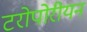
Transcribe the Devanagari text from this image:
टरोपोरीयन